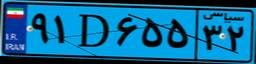
۲۶D۴۱۴۶۸